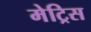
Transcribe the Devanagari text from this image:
मेट्रिस